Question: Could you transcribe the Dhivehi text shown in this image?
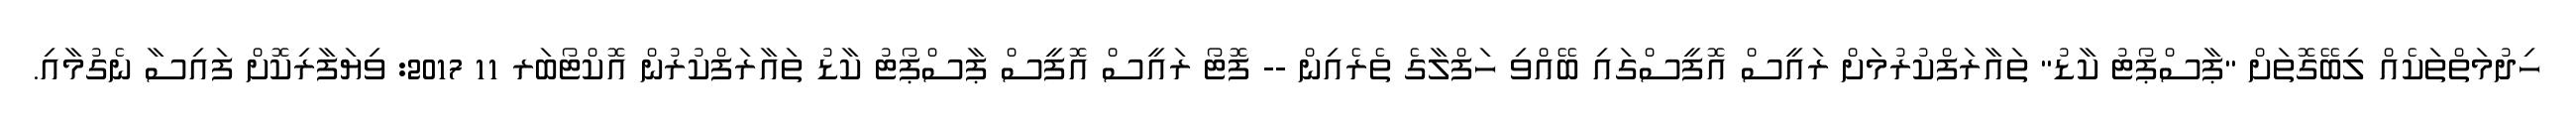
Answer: ހިދުމަތްތަކެއް ލިބޭގޮތަށް "ޕާސްޕޯޓު ކާޑު" ތައާރަފްކުރުމަށް ރައީސް އޮފީސްގައި ބޭއްވި ހަފްލާގެ ތެރެއިން -- ފޮޓޯ ރައީސް އޮފީސް ޕާސްޕޯޓު ކާޑު ތައާރަފްކުރުން އޮކްޓޯބަރ 11 2017: ވިޔަފާރިކޮށް ފައިސާ ނެގުމާއި.